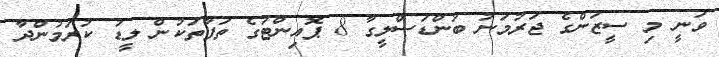
ވަނީ މި ސީޒަންގެ ޖަރުމަނު ބުންޑަސްލީގާ 8 ޕޮއިންޓުގެ ތަފާތަކުން ލީޑު ކުރަމުންދާ